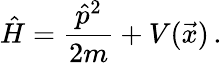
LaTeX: \hat{H}=\frac{\hat{p}^{2}}{2m}+V(\vec{x})\, .